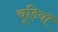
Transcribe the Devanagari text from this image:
चूड़ियॉ